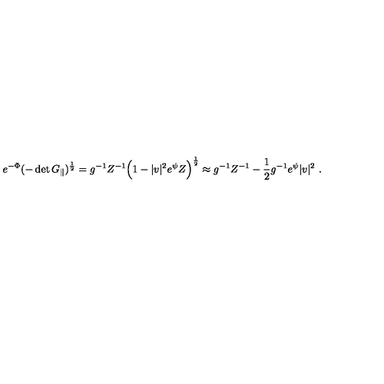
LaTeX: e ^ { - \Phi } ( - \det G _ { \| } ) ^ { \frac { 1 } { 2 } } = g ^ { - 1 } Z ^ { - 1 } \Bigl ( 1 - | v | ^ { 2 } e ^ { \psi } Z \Bigr ) ^ { \frac { 1 } { 2 } } \approx g ^ { - 1 } Z ^ { - 1 } - \frac { 1 } { 2 } g ^ { - 1 } e ^ { \psi } | v | ^ { 2 } \ .